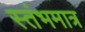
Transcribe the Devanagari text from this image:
स्तंभमात्र